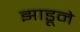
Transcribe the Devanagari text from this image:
झाडूने